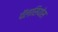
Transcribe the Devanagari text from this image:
पॅलासियोस